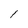
Character: 1